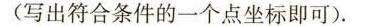
（写出符合条件的一个点坐标即可）.